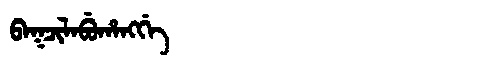
Manchu: ᠪᠠᡴᠴᡳᠯᠠᠪᡠᡥᠠᠩᡤᡝ
Romanization: BAKCILABUHANGGE